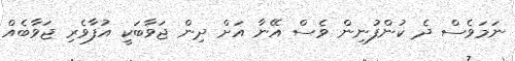
ނަމަވެސް ދެ ކުންފުނިން ވެސް އޭނާ އަށް ދިން ޖަވާބަކީ އުފާވެރި ޖަވާބެއް